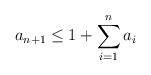
LaTeX: \begin{align*} a_{n + 1} \leq 1 + \sum_{i = 1}^{n}{a_i} \end{align*}